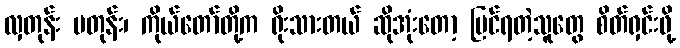
လှတုန်း ပတုန်း၊ ကိုယ်တော်တို့က ရိုးသားတယ် ဆိုအုံးတော့ မြင်ရတဲ့သူတွေ စိတ်ရှင်းဖို့